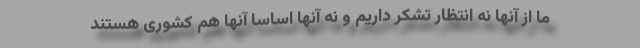
ما از آنها نه انتظار تشکر داریم و نه آنها اساساً آنها هم کشوری هستند